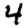
Digit: 4